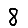
Digit: 8